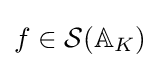
f\in {\mathcal {S}}(\mathbb {A} _{K})